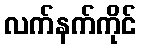
လက်နက်ကိုင်